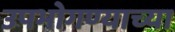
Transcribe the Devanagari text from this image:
उपभोगण्याच्या